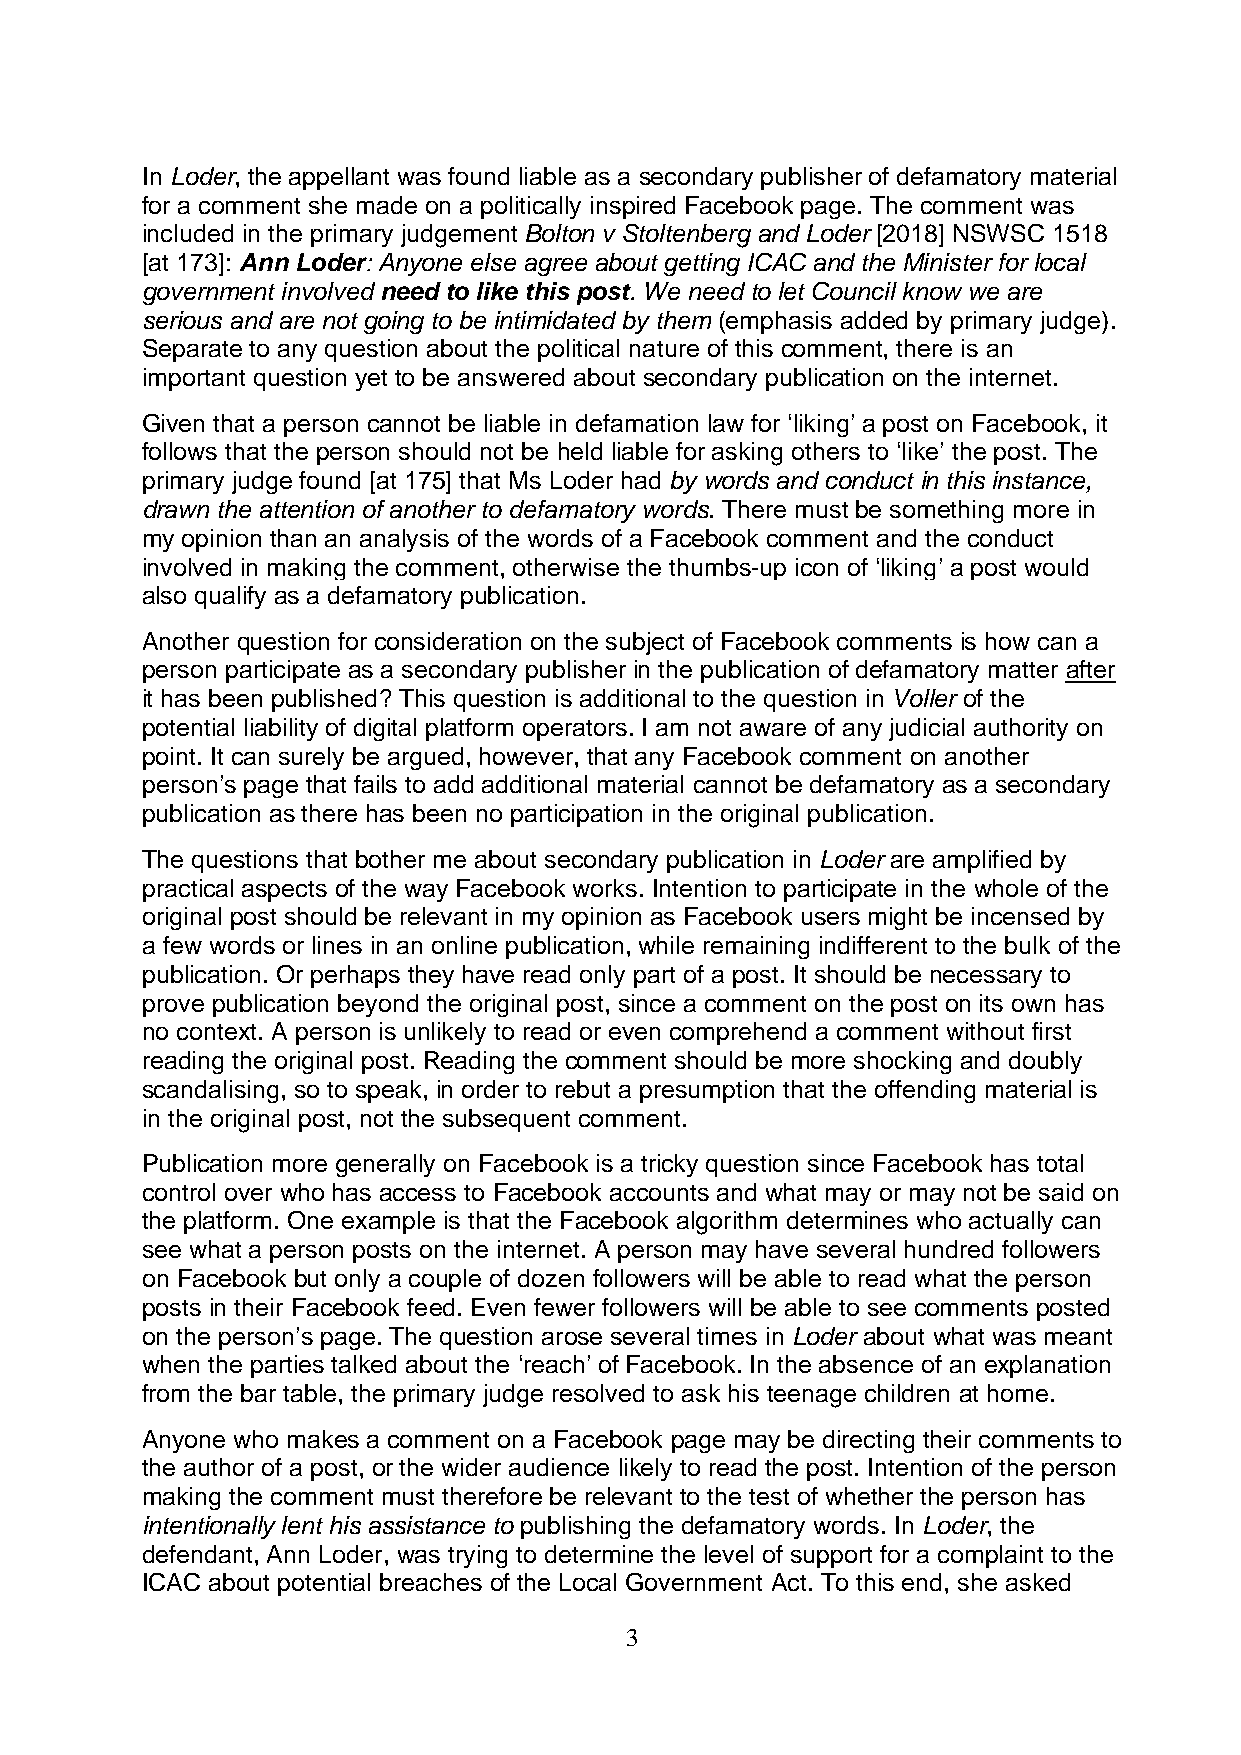
In Loder, the appellant was found liable as a secondary publisher of defamatory material
 for a comment she made on a politically inspired Facebook page. The comment was
 included in the primary judgement Bolton v Stoltenberg and Loder [2018] NSWSC 1518
 [at 173]: Ann Loder: Anyone else agree about getting ICAC and the Minister for local
 government involved need to like this post. We need to let Council know we are
 serious and are not going to be intimidated by them (emphasis added by primary judge).
 Separate to any question about the political nature of this comment, there is an
 important question yet to be answered about secondary publication on the internet.
 Given that a person cannot be liable in defamation law for ‘liking’ a post on Facebook, it
 follows that the person should not be held liable for asking others to ‘like’ the post. The
 primary judge found [at 175] that Ms Loder had by words and conduct in this instance,
 drawn the attention of another to defamatory words. There must be something more in
 my opinion than an analysis of the words of a Facebook comment and the conduct
 involved in making the comment, otherwise the thumbs-up icon of ‘liking’ a post would
 also qualify as a defamatory publication.
 Another question for consideration on the subject of Facebook comments is how can a
 person participate as a secondary publisher in the publication of defamatory matter after
 it has been published? This question is additional to the question in Voller of the
 potential liability of digital platform operators. I am not aware of any judicial authority on
 point. It can surely be argued, however, that any Facebook comment on another
 person’s page that fails to add additional material cannot be defamatory as a secondary
 publication as there has been no participation in the original publication.
 The questions that bother me about secondary publication in Loder are amplified by
 practical aspects of the way Facebook works. Intention to participate in the whole of the
 original post should be relevant in my opinion as Facebook users might be incensed by
 a few words or lines in an online publication, while remaining indifferent to the bulk of the
 publication. Or perhaps they have read only part of a post. It should be necessary to
 prove publication beyond the original post, since a comment on the post on its own has
 no context. A person is unlikely to read or even comprehend a comment without first
 reading the original post. Reading the comment should be more shocking and doubly
 scandalising, so to speak, in order to rebut a presumption that the offending material is
 in the original post, not the subsequent comment.
 Publication more generally on Facebook is a tricky question since Facebook has total
 control over who has access to Facebook accounts and what may or may not be said on
 the platform. One example is that the Facebook algorithm determines who actually can
 see what a person posts on the internet. A person may have several hundred followers
 on Facebook but only a couple of dozen followers will be able to read what the person
 posts in their Facebook feed. Even fewer followers will be able to see comments posted
 on the person’s page. The question arose several times in Loder about what was meant
 when the parties talked about the ‘reach’ of Facebook. In the absence of an explanation
 from the bar table, the primary judge resolved to ask his teenage children at home.
 Anyone who makes a comment on a Facebook page may be directing their comments to
 the author of a post, or the wider audience likely to read the post. Intention of the person
 making the comment must therefore be relevant to the test of whether the person has
 intentionally lent his assistance to publishing the defamatory words. In Loder, the
 defendant, Ann Loder, was trying to determine the level of support for a complaint to the
 ICAC about potential breaches of the Local Government Act. To this end, she asked
 3